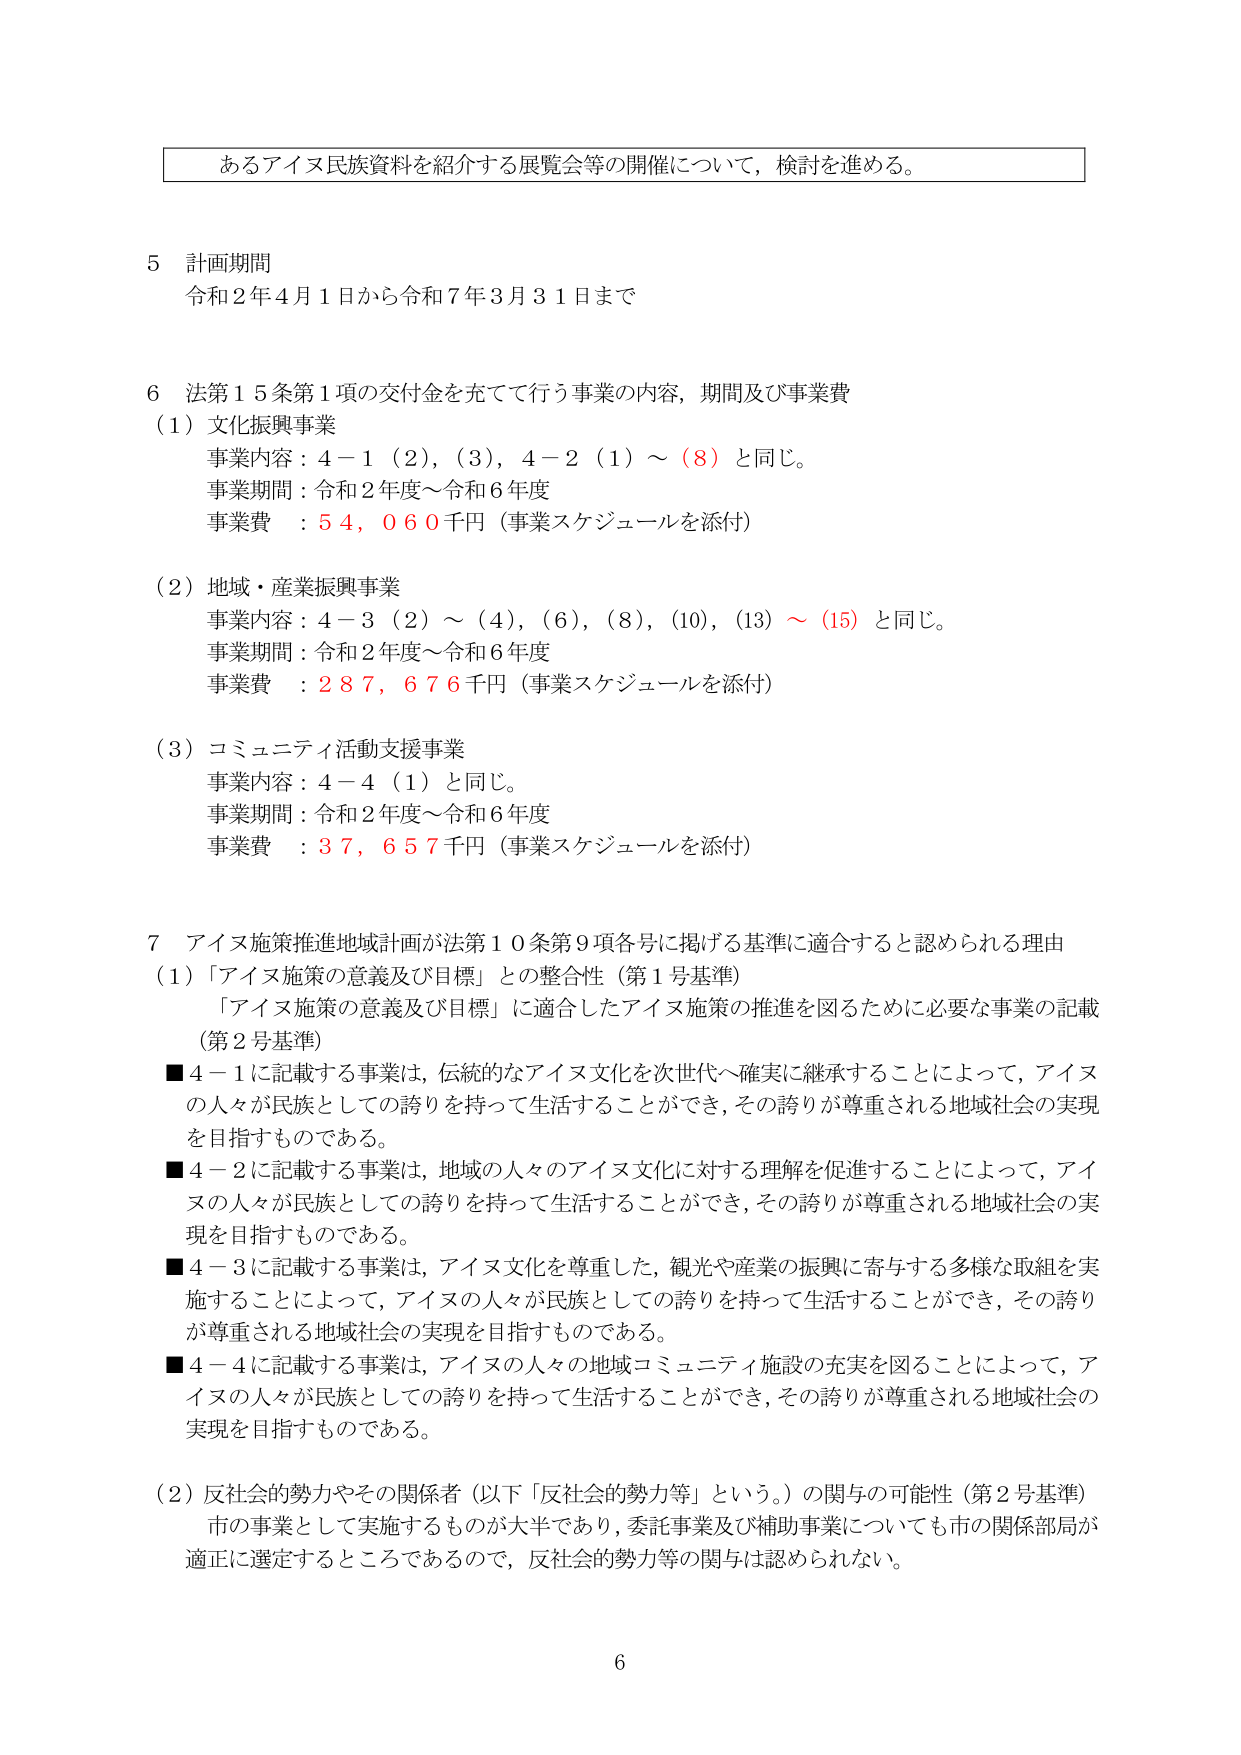
あるアイヌ民族資料を紹介する展覧会等の開催について，検討を進める。

5 計画期間
令和2年4月1日から令和7年3月31日まで

6 法第15条第1項の交付金を充てて行う事業の内容，期間及び事業費
（1）文化振興事業
　事業内容：4－1（2），（3），4－2（1）～（8）と同じ。
　事業期間：令和2年度～令和6年度
　事業費 ：54,060千円（事業スケジュールを添付）

（2）地域・産業振興事業
　事業内容：4－3（2）～（4），（6），（8），（10），（13）～（15）と同じ。
　事業期間：令和2年度～令和6年度
　事業費 ：287,676千円（事業スケジュールを添付）

（3）コミュニティ活動支援事業
　事業内容：4－4（1）と同じ。
　事業期間：令和2年度～令和6年度
　事業費 ：37,657千円（事業スケジュールを添付）

7 アイヌ施策推進地域計画が法第10条第9項各号に掲げる基準に適合すると認められる理由
（1）「アイヌ施策の意義及び目標」との整合性（第1号基準）
　「アイヌ施策の意義及び目標」に適合したアイヌ施策の推進を図るために必要な事業の記載
（第2号基準）
■4－1に記載する事業は，伝統的なアイヌ文化を次世代へ確実に継承することによって，アイヌの人々が民族としての誇りを持って生活することができ，その誇りが尊重される地域社会の実現を目指すものである。
■4－2に記載する事業は，地域の人々のアイヌ文化に対する理解を促進することによって，アイヌの人々が民族としての誇りを持って生活することができ，その誇りが尊重される地域社会の実現を目指すものである。
■4－3に記載する事業は，アイヌ文化を尊重した，観光や産業の振興に寄与する多様な取組を実施することによって，アイヌの人々が民族としての誇りを持って生活することができ，その誇りが尊重される地域社会の実現を目指すものである。
■4－4に記載する事業は，アイヌの人々の地域コミュニティ施設の充実を図ることによって，アイヌの人々が民族としての誇りを持って生活することができ，その誇りが尊重される地域社会の実現を目指すものである。

（2）反社会的勢力やその関係者（以下「反社会的勢力等」という。）の関与の可能性（第2号基準）
　市の事業として実施するものが大半であり，委託事業及び補助事業についても市の関係部局が適正に選定するところであるので，反社会的勢力等の関与は認められない。

6